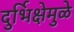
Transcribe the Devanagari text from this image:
दुर्भिक्षेमुळे